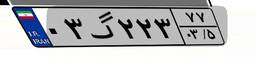
۰۳گ۲۲۳۷۷